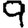
Digit: 9